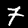
Label: 7